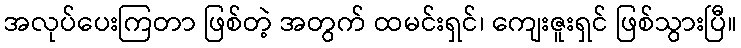
အလုပ်ပေးကြတာ ဖြစ်တဲ့ အတွက် ထမင်းရှင်၊ ကျေးဇူးရှင် ဖြစ်သွားပြီ။